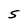
Character: S